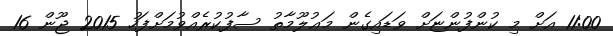
11:00 އަށް މި ކުންފުންޏަށް ވަޑައިގެން މަޢުލޫމާތު ސާފުކުރެއްވުމަށްފަހު 2015 ޖޫން 16